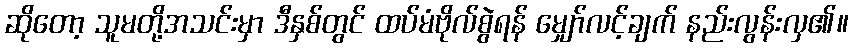
ဆိုတော့ သူမတို့အသင်းမှာ ဒီနှစ်တွင် ထပ်မံဗိုလ်စွဲရန် မျှော်လင့်ချက် နည်းလွန်းလှ၏။